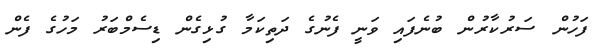
ފަހުން ސަރުކާރުން ބުނެފައި ވަނީ ފެނުގެ ދަތިކަމާ ގުޅިގެން ޑިސެމްބަރު މަހުގެ ފެން